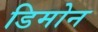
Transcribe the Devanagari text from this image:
डिमोन